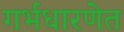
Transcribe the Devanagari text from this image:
गर्भधारणेत